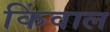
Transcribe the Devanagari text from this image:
किंवाल